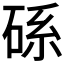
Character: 𥒶